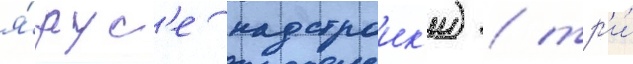
я́рус'е надстроик'и) / тр'и́